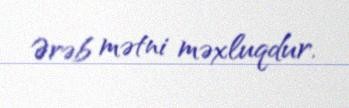
Ərəb mətni məxluqdur.